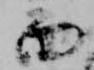
面